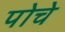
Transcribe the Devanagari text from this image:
पोचे